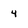
Character: 4